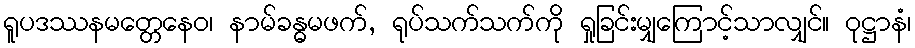
ရူပဒဿနမတ္တေနေဝ၊ နာမ်ခန္ဓမဖက်, ရုပ်သက်သက်ကို ရှုခြင်းမျှကြောင့်သာလျှင်။ ဝုဋ္ဌာနံ၊